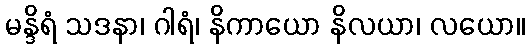
မန္ဒိရံ သဒနာ၊ ဂါရံ၊ နိကာယော နိလယာ၊ လယော။